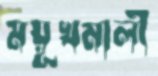
ময়ূখমালী